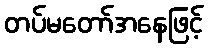
တပ်မတော်အနေဖြင့်